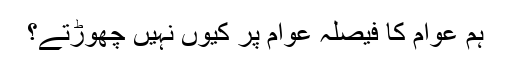
ہم عوام کا فیصلہ عوام پر کیوں نہیں چھوڑتے؟